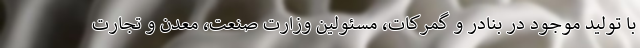
با تولید موجود در بنادر و گمرکات، مسئولین وزارت صنعت، معدن و تجارت